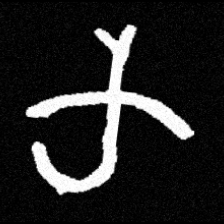
Pyu character \u2014 Myanmar letter: က (romanized: ka)